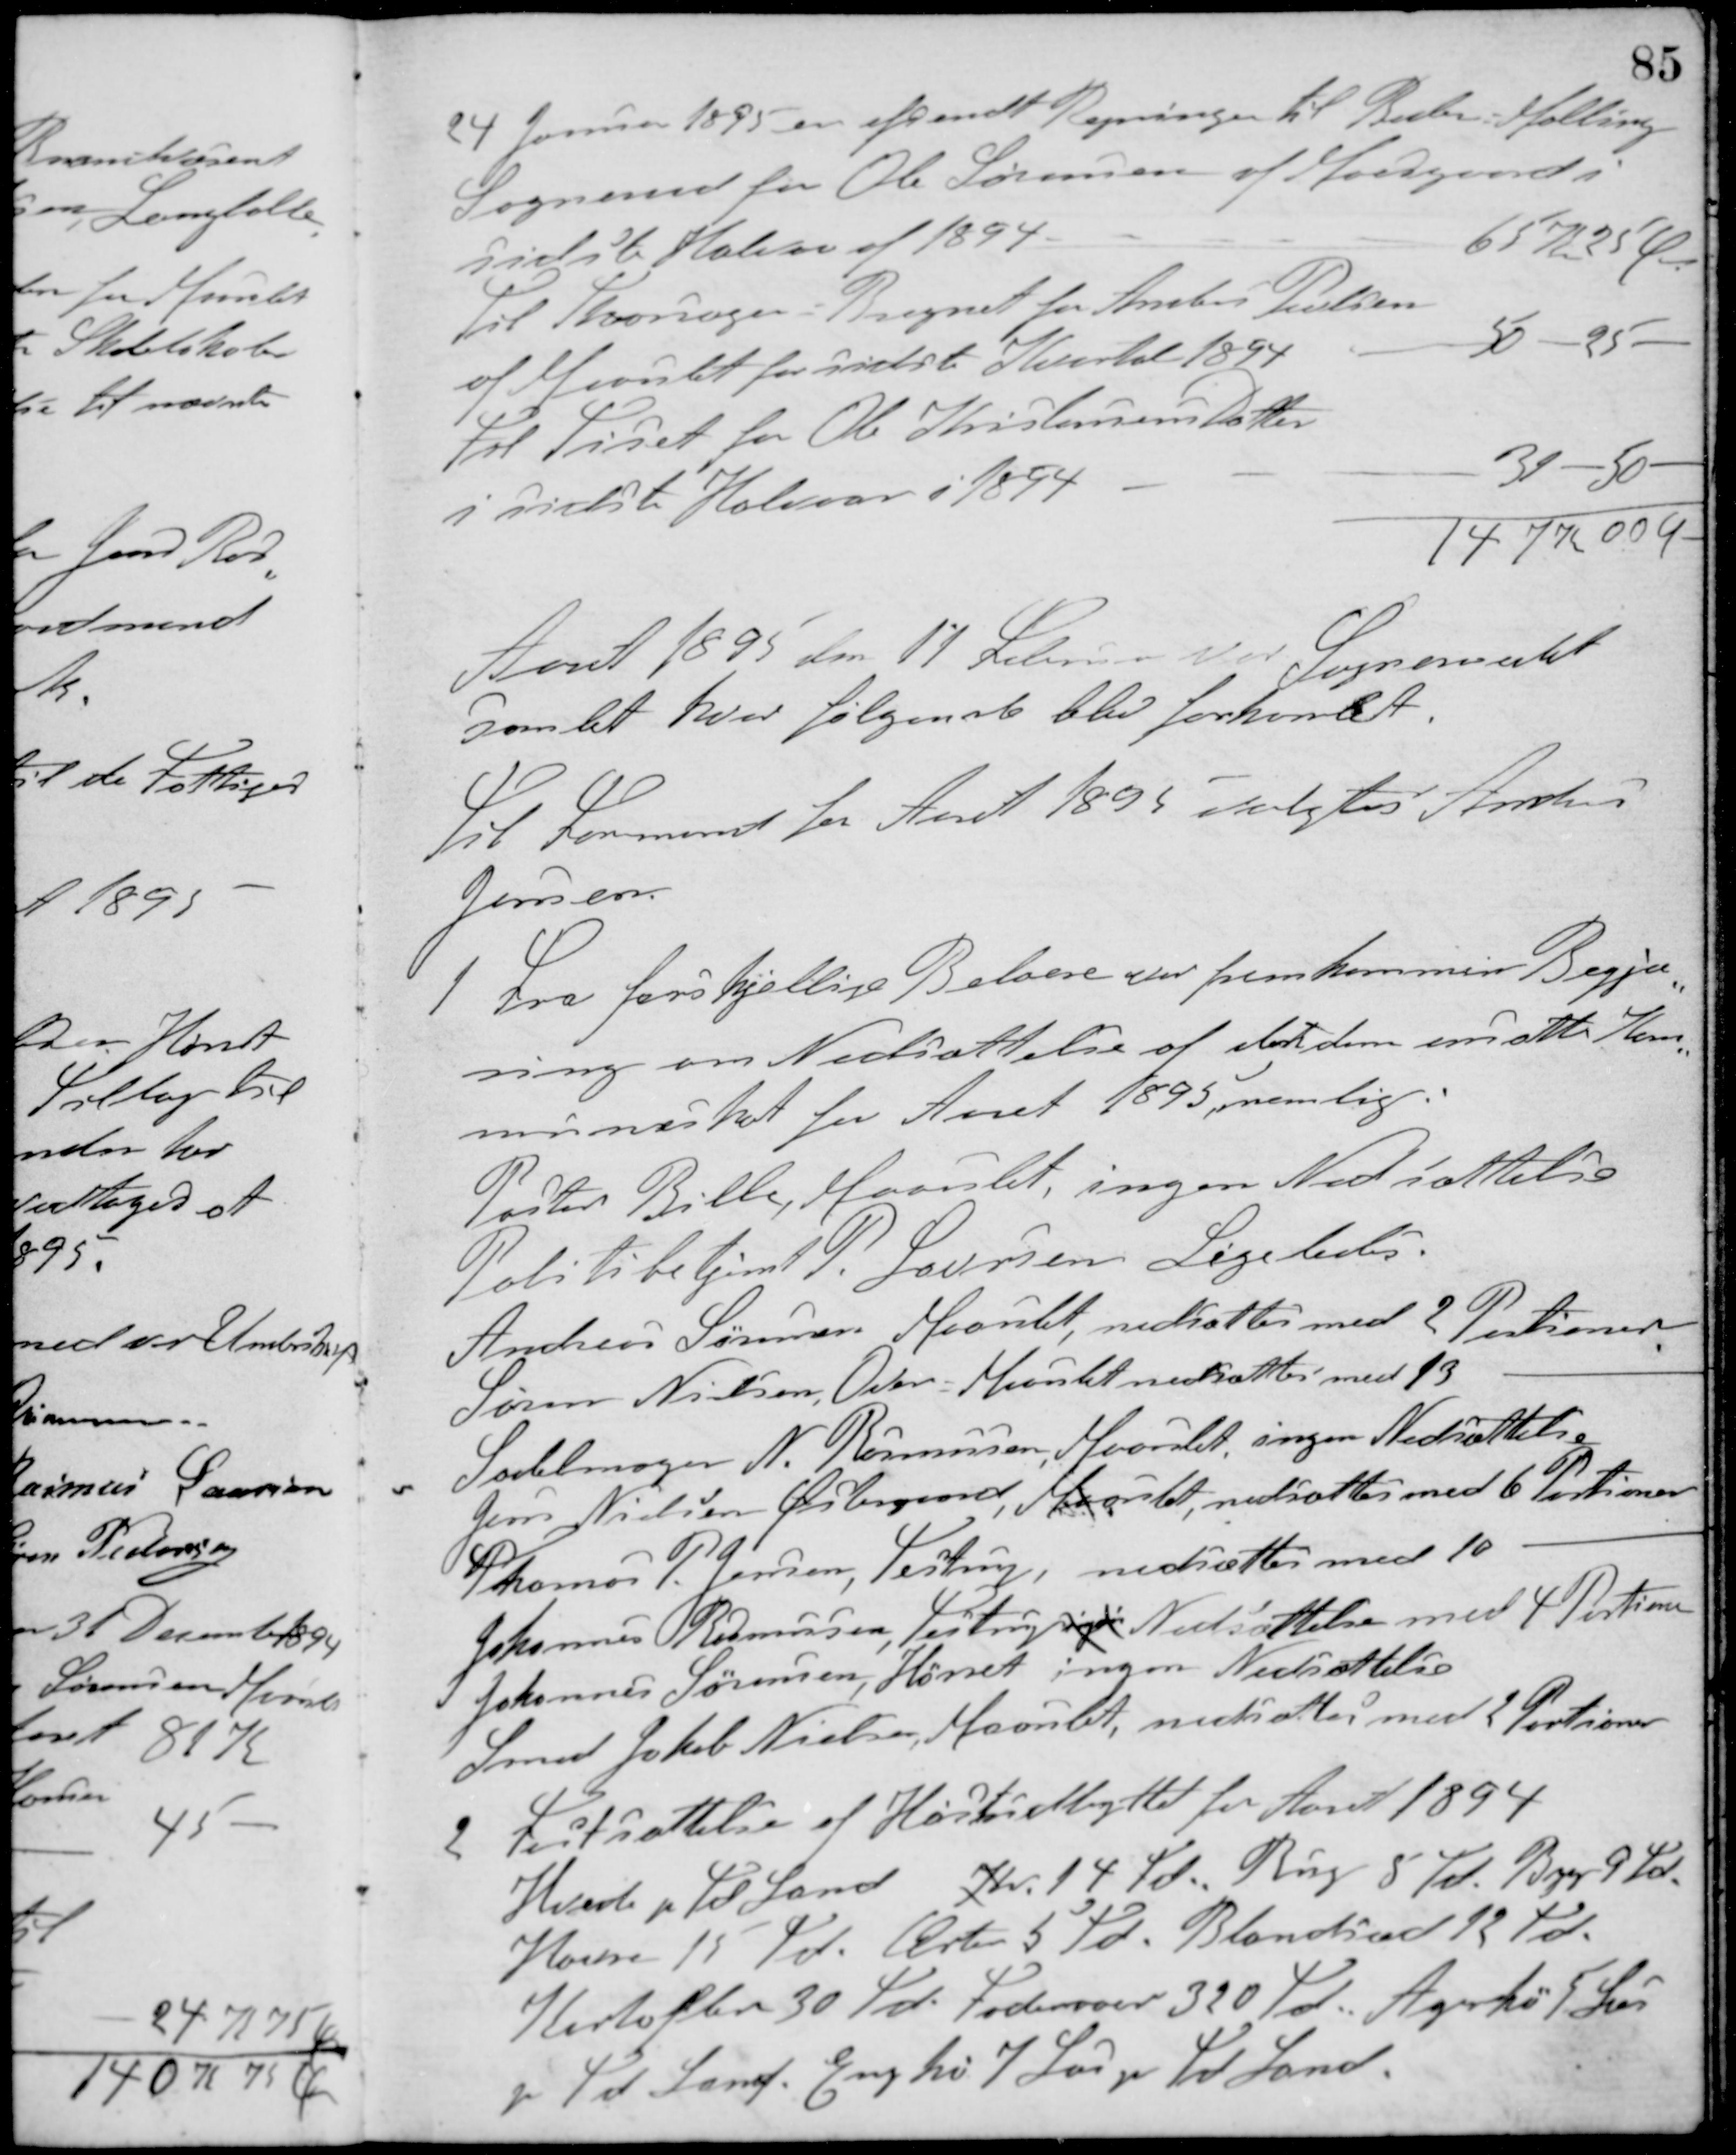
Transskription:
24 Januar 1895 er afsendt Regninger til Beder-Malling
Sogneraad for Ole Sørensen af Moesgaard i
sidste Halvaar af 1894
65 Kr 25 Øre
Til Thorsager - Bregnet for Anders Poulsen
af Maarslet for sidste Kvartal 1894
50 - 25 -
Til Tiset for Ole Kristensens Datter
i sidste Halvaar i 1894
31 - 50 -
147 K 00 Ø
Aaret 1895 den 11 Februar var Sogneraadet
samlet, hvor følgende blev forhandlet.
Til Formand for Aaret 1895 valgtes Anders
Jensen.
1 Fra forskjellige Beboere var fremkommen Begjæ-
ring om Nedsættelse af den dem ansatte Kom-
muneskat for Aaret 1895, nemlig:
Pastor Bille, Maarslet, ingen Nedsættelse
Politibetjent P. Laursen Ligeledes.
Andreas Sørensen Maarslet, nedsattes med 2 Portioner,
Søren Nielsen, Over-Maarslet nedsattes med 13 -
Sadelmager N. Rasmussen, Maarslet, ingen Nedsættelse
Jens Nielsen Østergaard, Maarslet, nedsattes med 6 Portioner
Thomas P. Jensen, Testrup, nedsattes med 10 -
Johannes Rasmussen, Testrup ingen Nedsættelse med 4 Portioner
Johannes Sørensen, Hørret ingen Nedsættelse
Smed Jakob Nielsen, Maarslet, nedsattes med 2 Portioner
2. Fastsættelse af Høstudbyttet for Aaret 1894.
Hvede pr. Td. Land Kr. 14 Td. Rug 5 Td. Byg 9 Td.
Havre 15 Td. Ærter 5 Td. Blandsæd 12 Td.
Kartofler 30 Td. Foderroer 320 Td. Agerhø 5 Læs
pr. Td Land. Enghø 7 Læs pr. Td Land